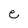
Character: e